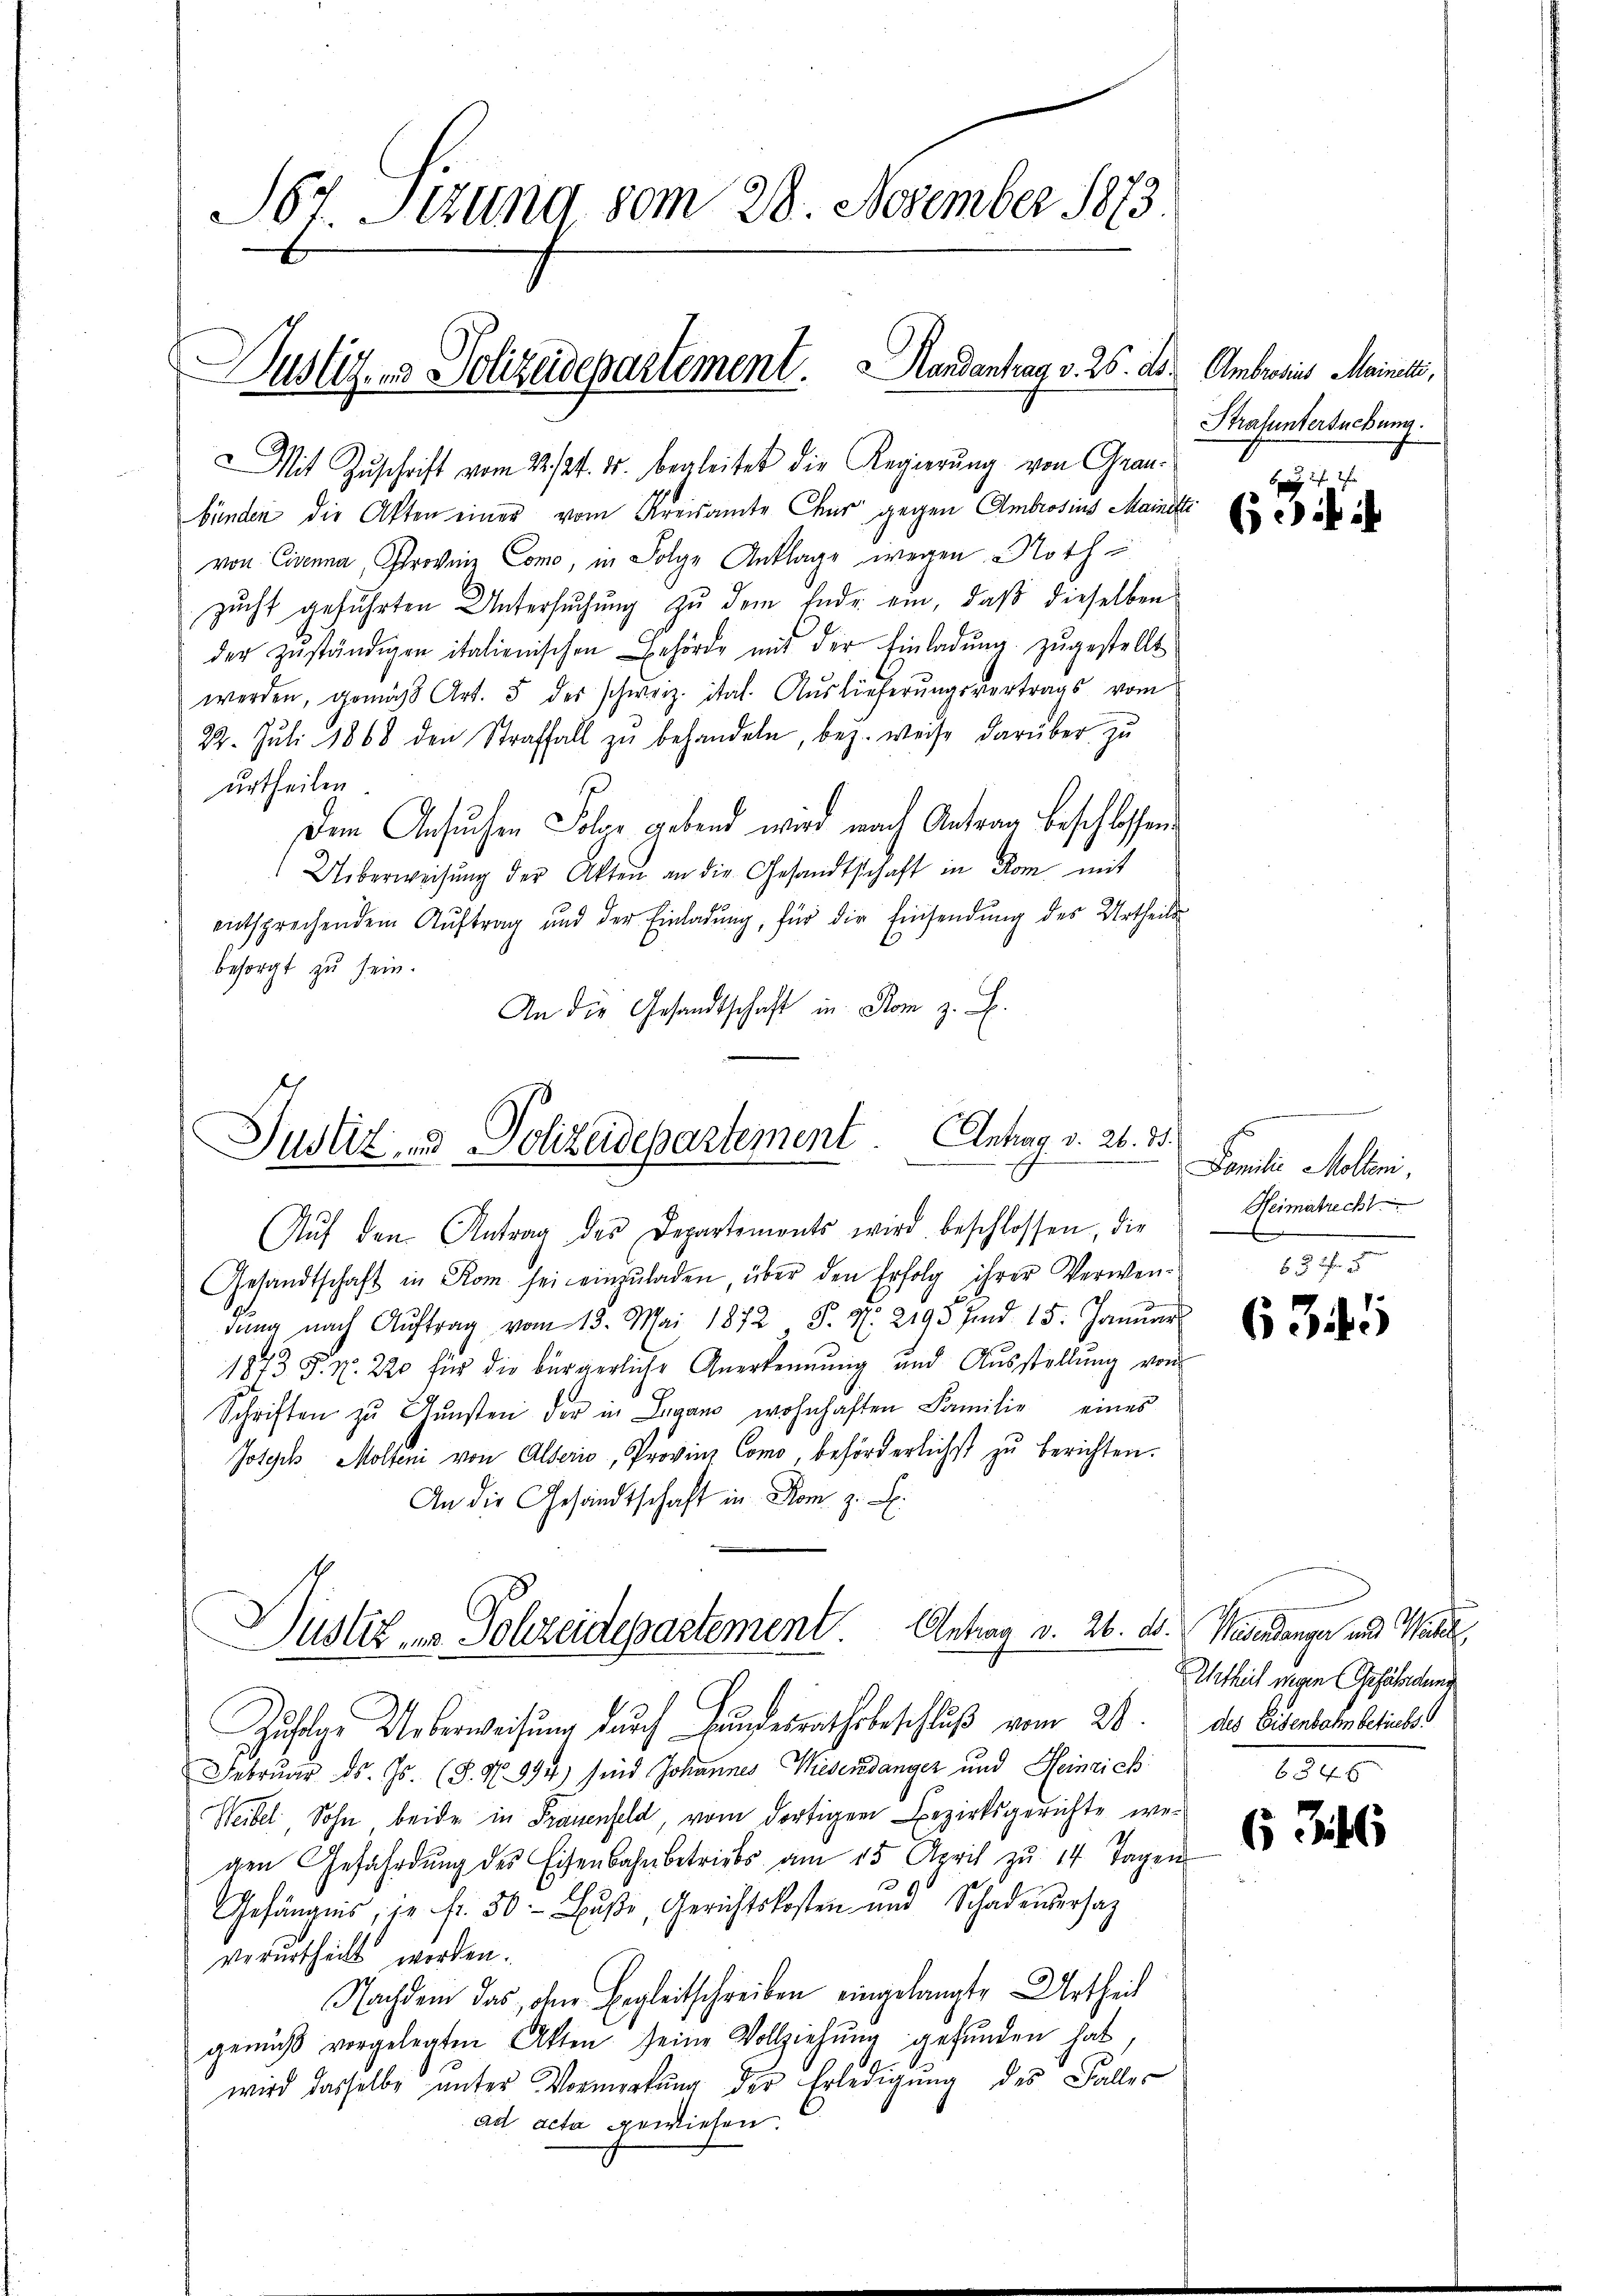
S67. Setzung vom 28. November 1873
Justiz- & Polizeidepartement. Mandantrag v. 25. ds. Ambrosius Mainelli,

Mit Zuschrift vom 22./24. ds. begleitet die Regierung von Graubünden die Akten einer vom Kreisamte Chur gegen Ambrosius Mainette
von Eigenna, Großene Como, in Folge Anklage wegen Nothzucht geführten Untersuchung zu dem Ende ein, daß dieselben
der zŭständigen italienischen Behörde mit der Einladŭng zŭgestellt
werden, gemäß Art. 5 des schweiz. ital. Auslieferungsvertrags vom
22. Jŭli 1868 den Straffall zŭ behandeln, bey weise darüber zu
urtheilen.
Dem Ansuchen Solor gebend wird nach Antrag beschlossen.
Ueberweisung der Akten an die Gesandtschaft in Rom mit
entsprechendem Aŭftrag und der Einladŭng, für die Einsendŭng des Urtheils
besorgt zu sein.
An die Gesandtschaft in Rom z. B.

Justiz- & Polizeidepartement. Antrag. v. 26. 15.

Auf den Antrag des Departements wird beschlossen, die
Gesandtschaft in Rom sei einzŭladen, über den Erfolg ihrer Verwen-
dŭng nach Aŭftrag vom 15. Mai 1872 P. N. 2193 und 15. Janŭar
1873 S. Nr. 220 für die bürgerliche Anerkennung und Aŭsstellŭng von
Schriften zŭ Gŭnsten der in Lugano wohnhaften Familie eines
Jotych Molten von Alterio, Provinz Como, beförderlichst zu berichten.
An die Gesandtschaft in Rom g.

Justiz uns Schreidepartement. Antrag v. 26. ds. Wesendanger und Wall

Strafuntersuchung.

Zufolge Ueberweisung durch Hundesrathsbeschluß vom 20. des Eisenbahnbetriebe
Februar d. Js. (S. Nr. 994) sind Johannes Wiesendanger und Heinrich
Weibel, Sohn, beide in Frauenfeld, vom dortigen Bezirksgerichte wegen Gefährdung des Eisenbahnbetriebs am 15. April zu 14 Tagen
10
Gefängnis, in fr. 30. Bŭβe, Gerichtskosten und Schadenserhaz
verurtheilt werden.
Nachdem das, den Begleitschreiben eingelangte Urtheil
gemäβ vorgelegten Akten seine Vollziehŭng gefŭnden hat,
wird dasselbe unter Vormerkung der Erledigung des Faller
ad acta gewiesen.

6 xx
(seiti

Familie Mellen,
Heimatrecht
3 2f 5

6345

Urtheil wegen Gefährdung
634 x

6 346